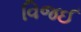
વિજઈ